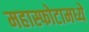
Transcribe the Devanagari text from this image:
महास्फोटामध्ये